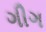
ગીગ